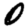
Digit: 0